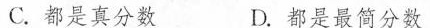
C.都是真分数 D.都是最简分数